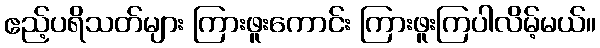
ဧည့်ပရိသတ်များ ကြားဖူးကောင်း ကြားဖူးကြပါလိမ့်မယ်။